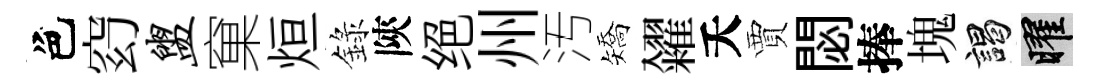
色𥥆盥窠烜錄陝绝州汚矯糴夭賈閟捧塊謁曜